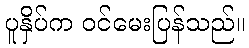
ပူနှိပ်က ဝင်မေးပြန်သည်။